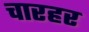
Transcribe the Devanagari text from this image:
चारहर